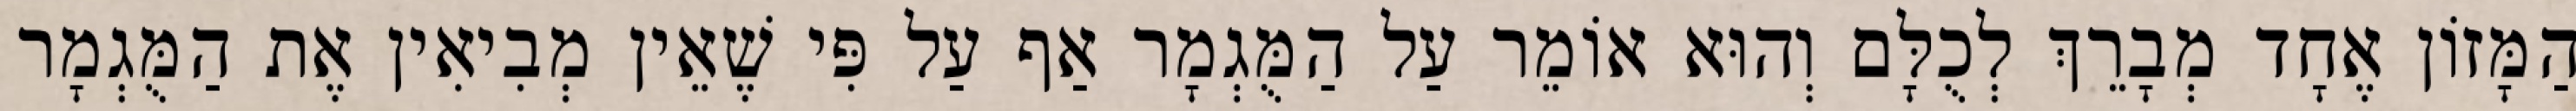
הַמָּזוֹן אֶחָד מְבָרֵךְ לְכֻלָּם וְהוּא אוֹמֵר עַל הַמֻּגְמָר אַף עַל פִּי שֶׁאֵין מְבִיאִין אֶת הַמֻּגְמָר